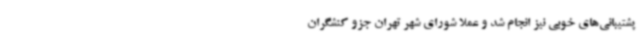
پشتیبانی‌های خوبی نیز انجام شد و عملا شورای شهر تهران جزو کنشگران